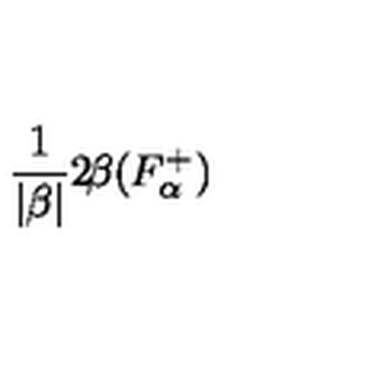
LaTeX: \frac { 1 } { | \beta | } 2 \! \beta ( F _ { \alpha } ^ { + } ) ~